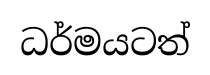
ධර්මයටත්